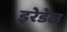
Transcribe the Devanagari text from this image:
इरेडेल